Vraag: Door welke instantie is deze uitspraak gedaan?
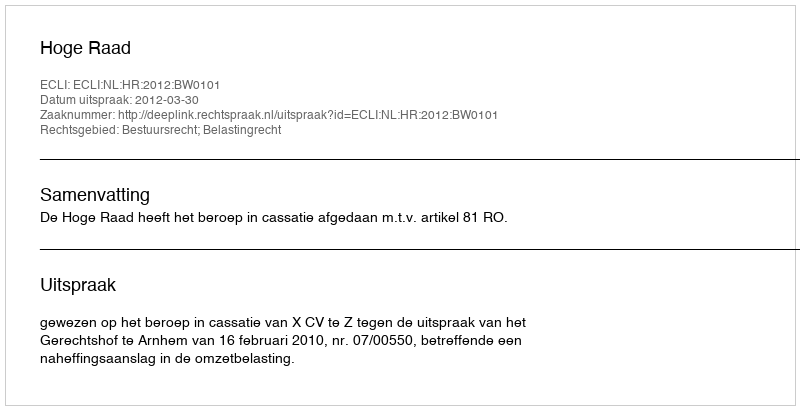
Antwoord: Hoge Raad